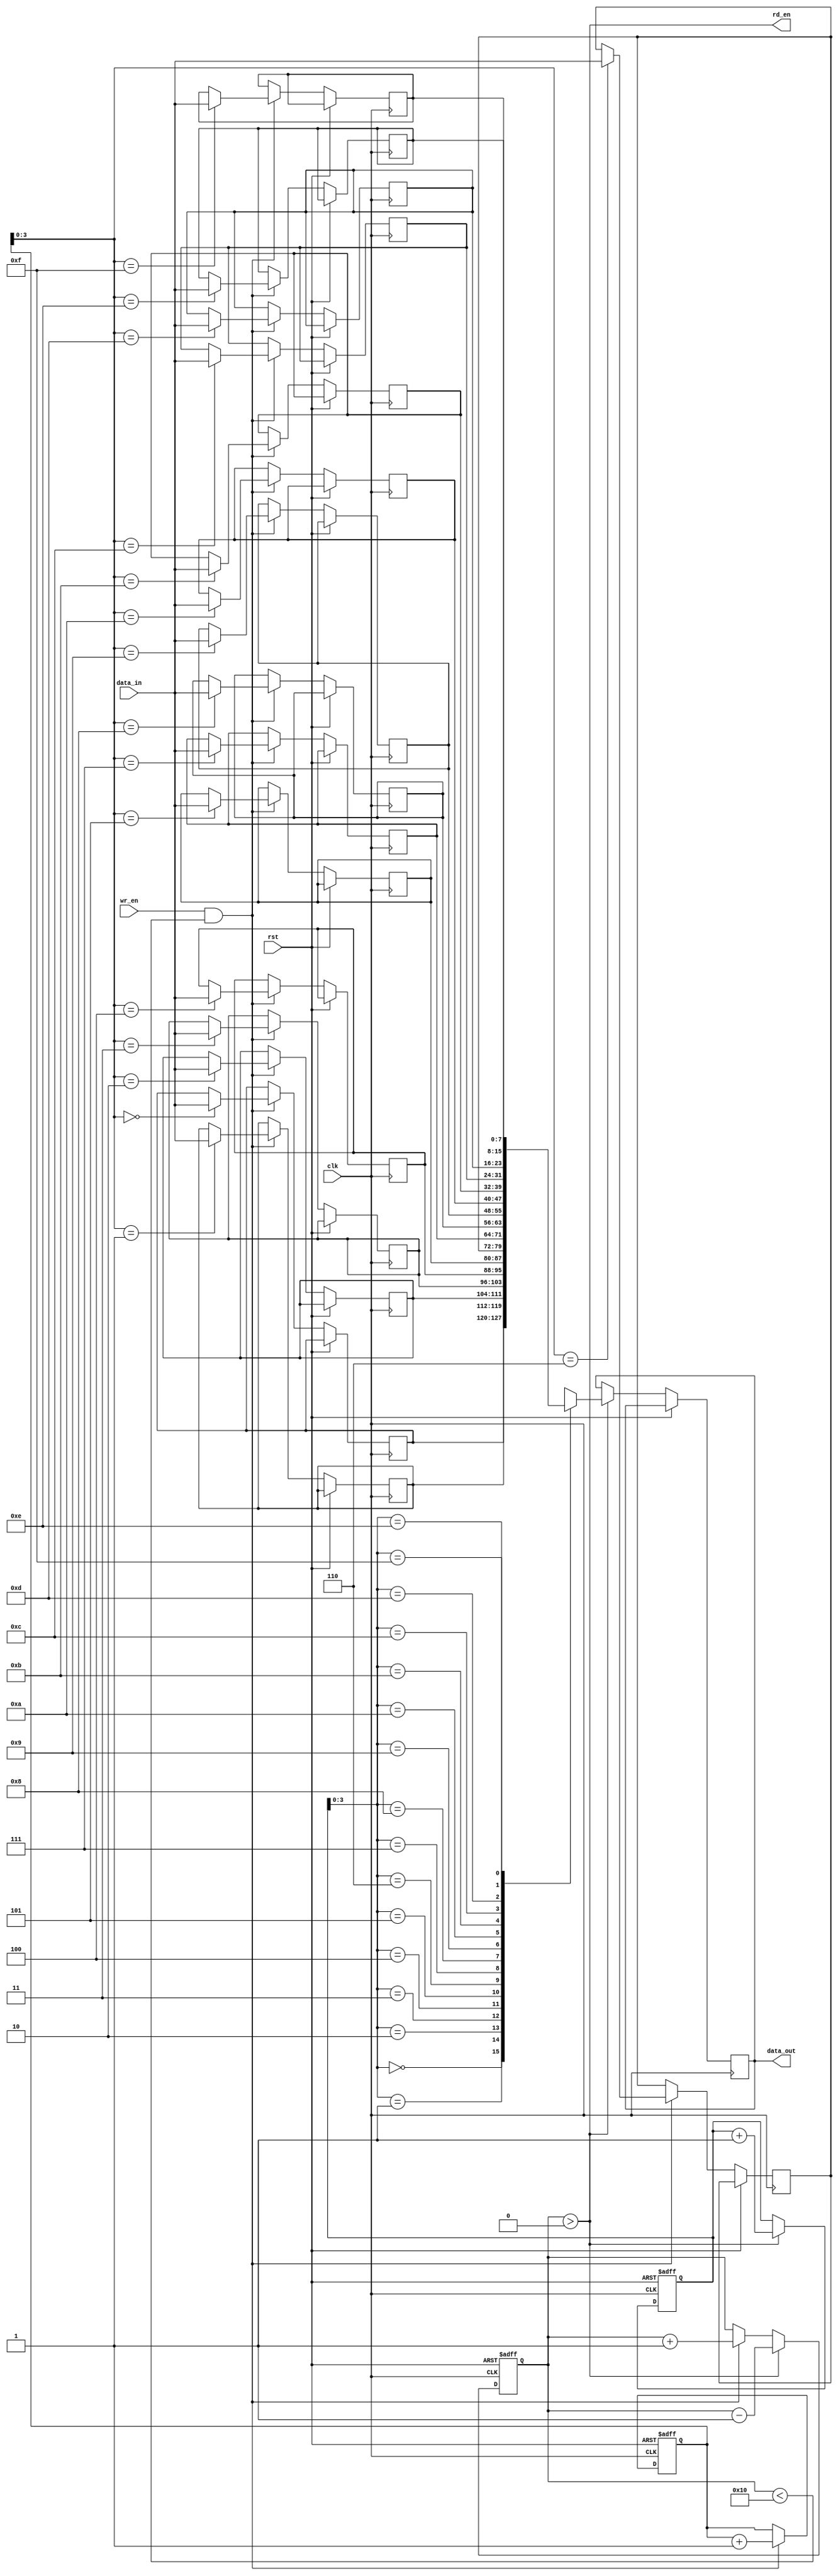
module fifo #(parameter WIDTH = 8, DEPTH = 16)(
    input wire clk,
    input wire rst,
    input wire wr_en,
    input wire [WIDTH-1:0] data_in,
    output wire rd_en,
    output wire [WIDTH-1:0] data_out
);

reg [WIDTH-1:0] mem [0:DEPTH-1];
reg [WIDTH-1:0] data_out;
reg rd_en;

reg [DEPTH-1:0] wr_ptr;
reg [DEPTH-1:0] rd_ptr;
reg [DEPTH-1:0] count;

always @(posedge clk or posedge rst) begin
    if (rst) begin
        wr_ptr <= 0;
        rd_ptr <= 0;
        count <= 0;
    end else begin
        if (wr_en && count < DEPTH) begin
            mem[wr_ptr] <= data_in;
            wr_ptr <= wr_ptr + 1;
            count <= count + 1;
        end
        if (rd_en && count > 0) begin
            data_out <= mem[rd_ptr];
            rd_ptr <= rd_ptr + 1;
            count <= count - 1;
        end
    end
end

assign rd_en = (count > 0);
    
endmodule